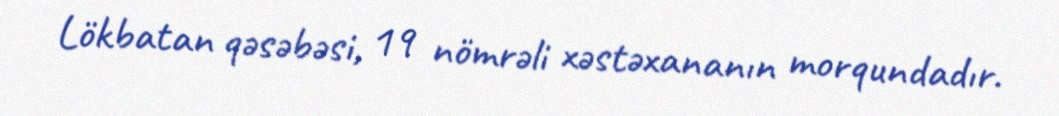
Lökbatan qəsəbəsi, 19 nömrəli xəstəxananın morqundadır.